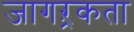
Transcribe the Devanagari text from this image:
जागऱ्रकता